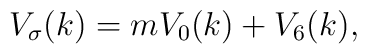
V_{\sigma}(k) = m V_{0}(k) + V_{6}(k),